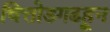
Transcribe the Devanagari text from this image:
चित्तोडगढहून